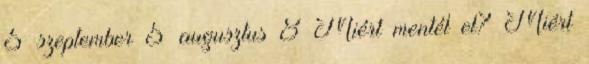
5 szeptember 5 augusztus 8 Miért mentél el? Miért